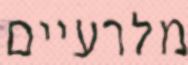
מלרעיים